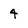
Character: 4